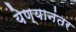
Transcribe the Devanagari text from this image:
येण्यानंतर